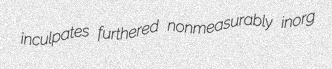
inculpates furthered nonmeasurably inorg